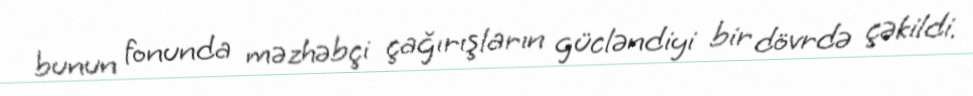
bunun fonunda məzhəbçi çağırışların gücləndiyi bir dövrdə çəkildi.